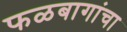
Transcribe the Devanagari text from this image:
फळबागांचा